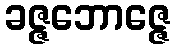
ခဇ္ဇဘောဇ္ဇေ